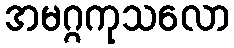
အမဂ္ဂကုသလော